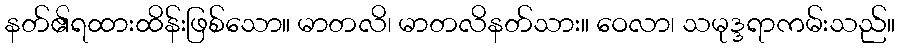
နတ်၏ရထားထိန်းဖြစ်သော။ မာတလိ၊ မာတလိနတ်သား။ ဝေလာ၊ သမုဒ္ဒရာကမ်းသည်။